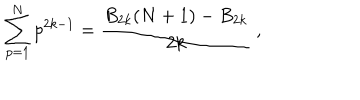
\sum _ { p = 1 } ^ { N } p ^ { 2 k - 1 } = { \frac { B _ { 2 k } ( N + 1 ) - B _ { 2 k } } { 2 k } } \ ,